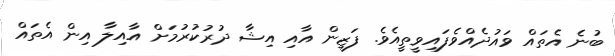
ބުނެ އެތައް ވައުދެއްވެފައިވީތީއެވެ. ފަޒީން އާއި އިޝާ ދުރުކުރުމަށް އާއިލާ އިން އެތައް